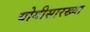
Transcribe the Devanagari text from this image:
योगीसारख्या